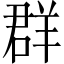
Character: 群